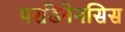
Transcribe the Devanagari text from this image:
परडिनेनसिस